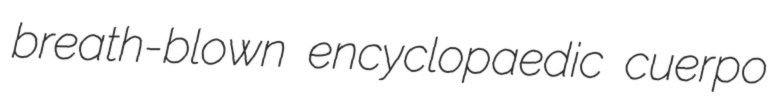
breath-blown encyclopaedic cuerpo